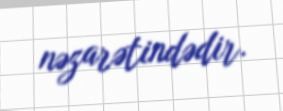
nəzarətindədir.